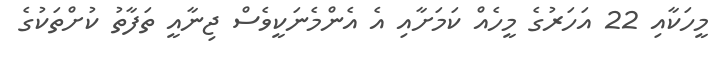
މީހަކާއި 22 އަހަރުގެ މީހެއް ކަމަށާއި އެ އެންމެނަކީވެސް ޖިނާއީ ތަފާތު ކުށްތަކުގެ